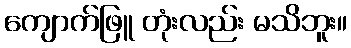
ကျောက်ဖြူ တုံးလည်း မသိဘူး။